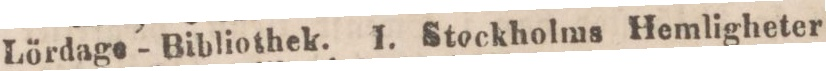
Lördage - Bibliothek. I. Stockholms Hemligheter,